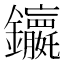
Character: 𮣭